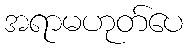
အရာမဟုတ်ပေ